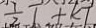
\frac { 7 } { 2 } T + k T